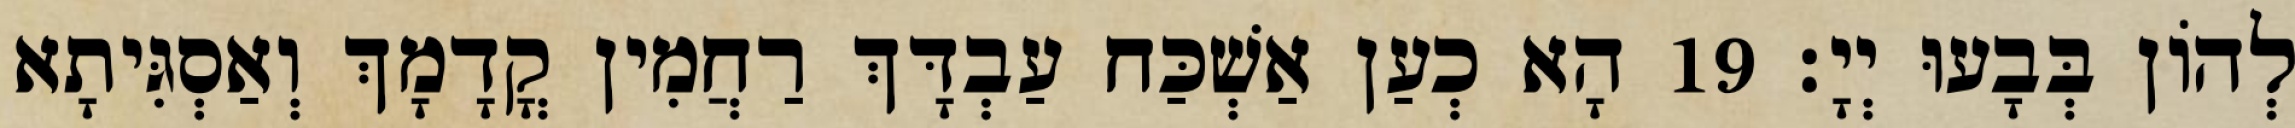
לְהוֹן בְּבָעוּ יְיָ׃ 19 הָא כְעַן אַשְׁכַּח עַבְדָּךְ רַחֲמִין קֳדָמָךְ וְאַסְגִּיתָא